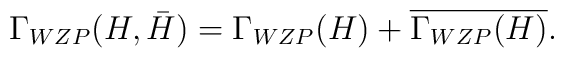
\Gamma_{WZP}(H,\bar{H}) =  \Gamma_{WZP}(H) +  \overline{\Gamma_{WZP}(H)}.